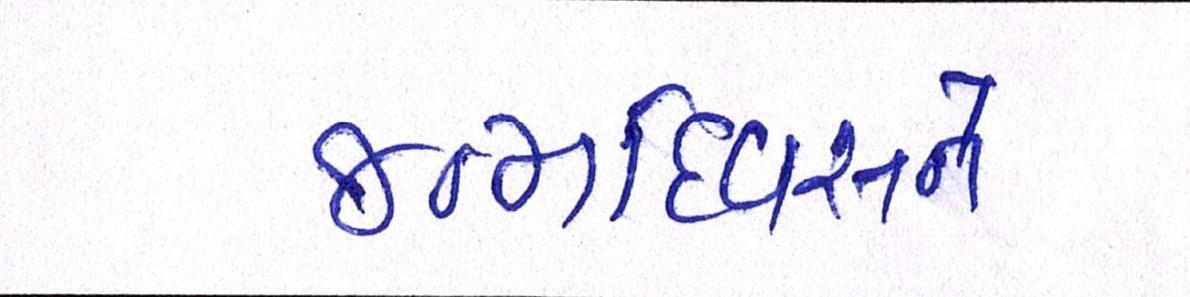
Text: જન્મદિવસને